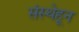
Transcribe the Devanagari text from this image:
संस्थेहून